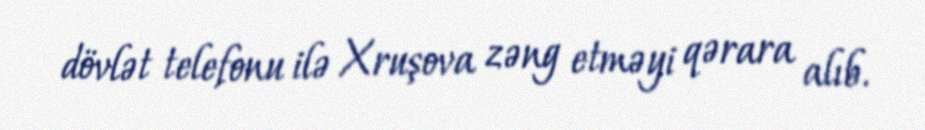
dövlət telefonu ilə Xruşova zəng etməyi qərara alıb.